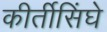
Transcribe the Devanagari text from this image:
कीर्तीसिंघे